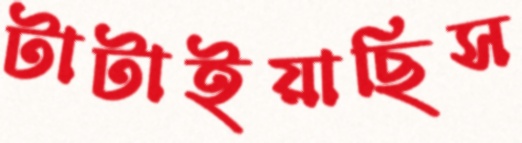
টাটাইয়াছিস